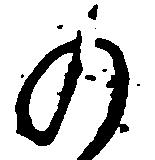
の